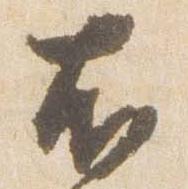
右